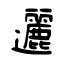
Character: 邐